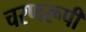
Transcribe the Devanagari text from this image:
चरणरूपी